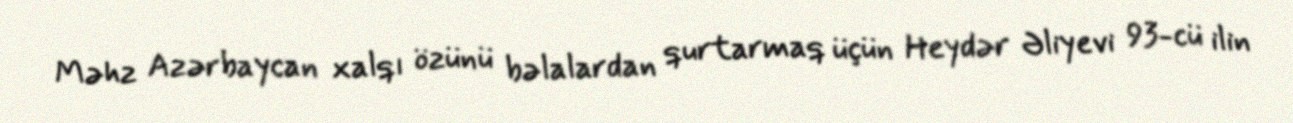
Məhz Azərbaycan xalqı özünü bəlalardan qurtarmaq üçün Heydər Əliyevi 93-cü ilin